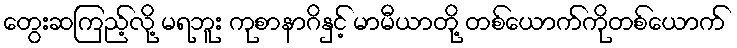
တွေးဆကြည့်လို့ မရဘူး ကုစာနာဂိနှင့် မာမီယာတို့ တစ်ယောက်ကိုတစ်ယောက်